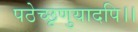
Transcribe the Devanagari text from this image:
पठेच्छृणुयादपि।।